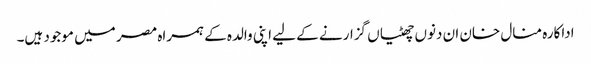
اداکارہ منال خان ان دنوں چھٹیاں گزارنے کے لیے اپنی والدہ کے ہمراہ مصر میں موجود ہیں۔